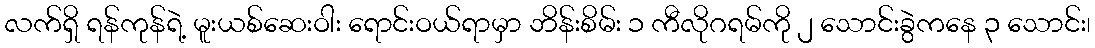
လက်ရှိ ရန်ကုန်ရဲ့ မူးယစ်ဆေးဝါး ရောင်းဝယ်ရာမှာ ဘိန်းစိမ်း ၁ ကီလိုဂရမ်ကို ၂ သောင်းခွဲကနေ ၃ သောင်း၊